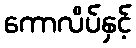
ကောလိပ်နှင့်